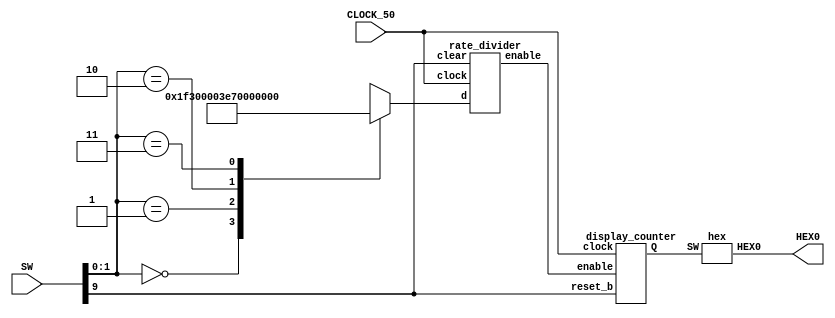
module part2(SW, CLOCK_50, HEX0);
	input CLOCK_50;
	input [9:0] SW;
	output [6:0] HEX0;
	
	reg [27:0] speed;
	always @(*)
	begin
		case(SW[1:0])
			2'b00: speed = 'd0; 
			2'b01: speed = 'd499;
			2'b10: speed = 'd999;
			2'b11: speed = 'd1999;
		endcase
	end
	wire enable_w;
	wire [3:0] q;
	rate_divider RD(.clock(CLOCK_50), .d(speed), .clear(SW[9]), .enable(enable_w));
	display_counter DC(.reset_b(SW[9]), .clock(CLOCK_50), .enable(enable_w), .Q(q));
		
	hex h0(q[3:0], HEX0);
endmodule

module display_counter(reset_b, clock, enable, Q);
	input reset_b, clock, enable;
	output reg [3:0] Q;
	
	always @(posedge clock)
	begin
		if (reset_b)
			Q <= 0;
		else if (enable)
			Q <= Q + 1;
		else
			Q <= Q;
	end
endmodule

module rate_divider(clock, d, clear, enable);
	input clock, clear;
	input [27:0] d;
	output enable;
	
	reg [27:0] q;
	
	always @(posedge clock)
	begin
		if (clear == 1'b1) // active high
			q <= d; 
		else if (q == 0)
			q <= d;
		else
			q <= q - 1;
	end
	
	assign enable = (q == 0) ? 1:0;
endmodule

module hex(SW, HEX0);
	input [3:0] SW; 
	output [6:0] HEX0;
	
	wire c3 = SW[3];
	wire c2 = SW[2];
	wire c1 = SW[1];
   wire c0 = SW[0];
	
	assign HEX0[0] = ((!c3)&(!c2)&(!c1)&(c0)) | ((!c3)&(c2)&(!c1)&(!c0)) | ((c3)&(!c2)&(c1)&(c0)) | ((c3)&(c2)&(!c1)&(c0));
	assign HEX0[1] = ((!c3)&(c2)&(!c1)&(c0)) | ((!c3)&(c2)&(c1)&(!c0)) | ((c3)&(!c2)&(c1)&(c0)) | ((c3)&(c2)&(!c1)&(!c0)) | ((c3)&(c2)&(c1)&(!c0)) | ((c3)&(c2)&(c1)&(c0));
	assign HEX0[2] = ((!c3)&(!c2)&(c1)&(!c0)) | ((c3)&(c2)&(!c1)&(!c0)) | ((c3)&(c2)&(c1)&(!c0)) | ((c3)&(c2)&(c1)&(c0));
	assign HEX0[3] = ((!c3)&(!c2)&(!c1)&(c0)) | ((!c3)&(c2)&(!c1)&(!c0)) | ((!c3)&(c2)&(c1)&(c0)) | ((c3)&(!c2)&(c1)&(!c0)) | ((c3)&(c2)&(c1)&(c0)); 
	assign HEX0[4] = ((!c3)&(!c2)&(!c1)&(c0)) | ((!c3)&(!c2)&(c1)&(c0)) | ((!c3)&(c2)&(!c1)&(!c0)) | ((!c3)&(c2)&(!c1)&(c0)) | ((!c3)&(c2)&(c1)&(c0)) | ((c3)&(!c2)&(!c1)&(c0));
	assign HEX0[5] = ((!c3)&(!c2)&(!c1)&(c0)) | ((!c3)&(!c2)&(c1)&(!c0)) | ((!c3)&(!c2)&(c1)&(c0)) | ((!c3)&(c2)&(c1)&(c0)) | ((c3)&(c2)&(!c1)&(c0));
	assign HEX0[6] = ((!c3)&(!c2)&(!c1)&(!c0)) | ((!c3)&(!c2)&(!c1)&(c0)) | ((!c3)&(c2)&(c1)&(c0)) | ((c3)&(c2)&(!c1)&(!c0));
endmodule